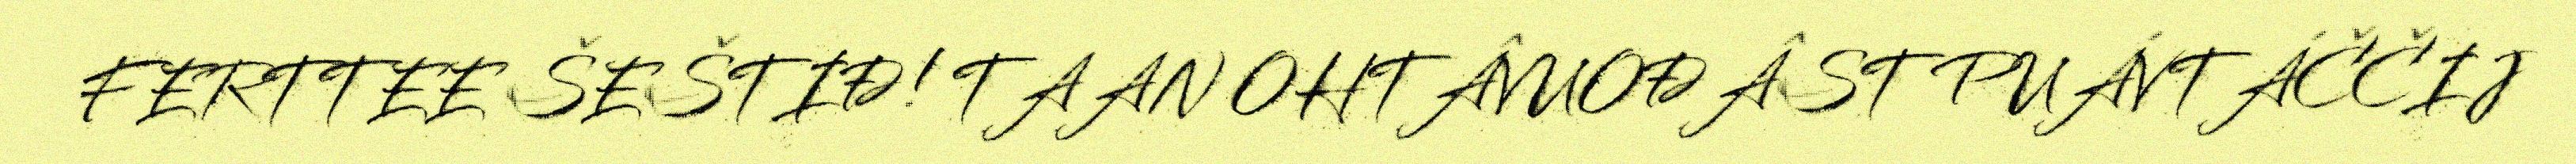
FERTTEE ŠEŠTIĐ! TAAN OHTÂVUOĐÂST PUÁVTÁČČIJ